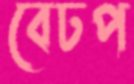
বেঢপ